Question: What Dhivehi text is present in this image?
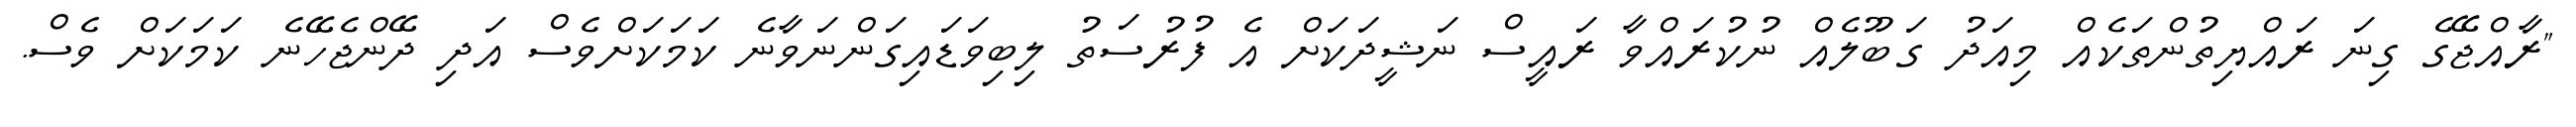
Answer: "ރާއްޖޭގެ ގިނަ ރައްޔިތުންތަކެއް މިއަދު ގަބޫލެއް ނުކުރައްވާ ރައީސް ނަޝީދަކަށް އެ ފުރުސަތު ލިބިވަޑައިގަންނަވާނެ ކަމަކަށްވެސް އަދި ދޭންޖެހޭނެ ކަމަކަށް ވެސް.